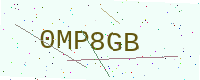
Text: 0MP8GB